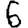
Digit: 6